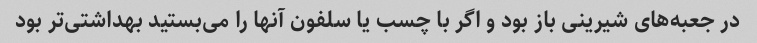
در جعبه‌های شیرینی باز بود و اگر با چسب یا سلفون آنها را می‌بستید بهداشتی‌تر بود